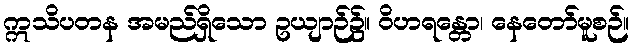
ဣသိပတန အမည်ရှိသော ဥယျာဉ်၌။ ဝိဟရန္တော၊ နေတော်မူစဉ်။